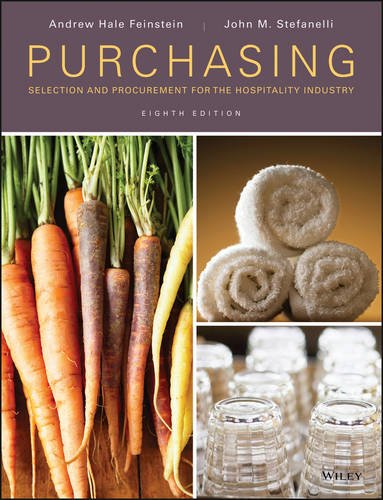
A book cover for Purchasing: Selection and Procurement for the Hospitality Industry; Andrew H. Feinstein; Business & Money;